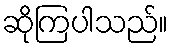
ဆိုကြပါသည်။